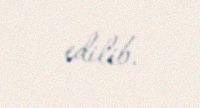
edilib.